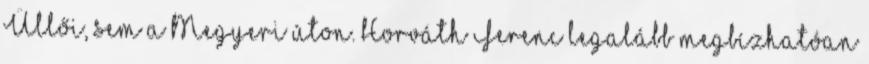
Üllői, sem a Megyeri úton. Horváth Ferenc legalább megbízhatóan